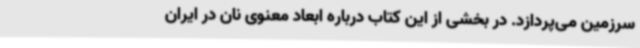
سرزمین می‌پردازد. در بخشی از این کتاب درباره ابعاد معنوی نان در ایران